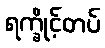
ရက္ခိုင့်တပ်